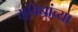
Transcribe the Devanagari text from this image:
सूविधांच्या